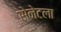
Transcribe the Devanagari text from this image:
सेनेटला